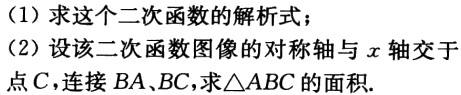
（1）求这个二次函数的解析式；
（2）设该二次函数图像的对称轴与\(x\)轴交于点\(C\)，连接\(BA、BC\)，求\(\triangle ABC\)的面积.